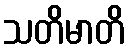
သတိမာတိ